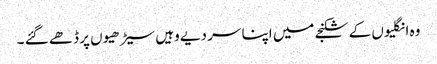
وہ انگلیوں کے شکنجے میں اپنا سر دیے وہیں سیڑھیوں پر ڈھے گئے ۔